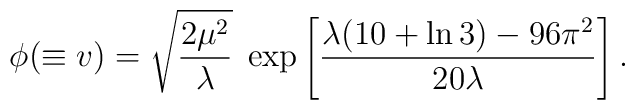
\phi (\equiv v)= \sqrt{\frac{2\mu^2}{\lambda}}\; \exp\left[\frac{\lambda(10+ \ln 3) - 96 \pi^2}{20\lambda}\right].